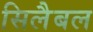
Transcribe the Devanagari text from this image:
सिलैबल